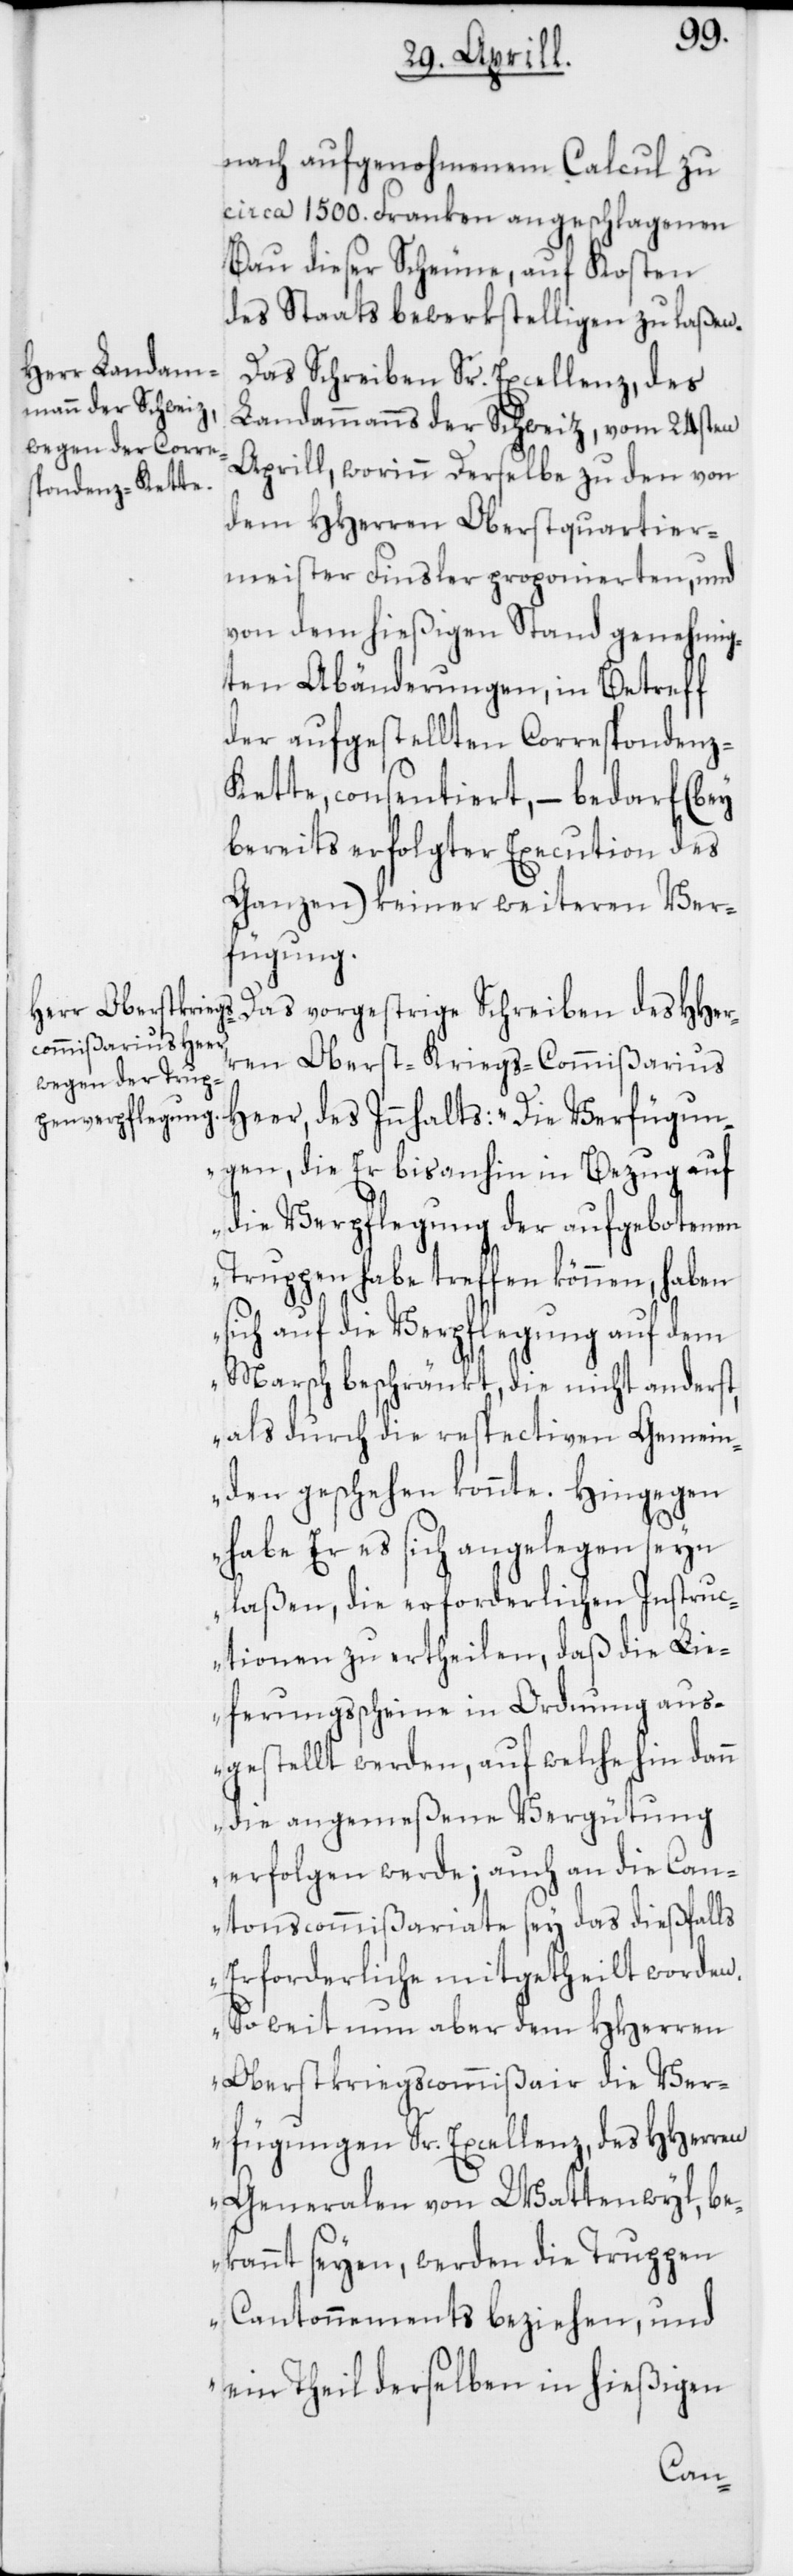
nach aufgenohmenem Calcul zu
circa 1500. Franken angeschlagenen
Bau dieser Scheune, auf Kosten
des Staats bewerkstelligen zu laßen.
Das Schreiben Sr. Excellenz, des
Landammanns der Schweiz, vom 24sten
Aprill, worinn Derselbe zu den von
dem HHerren Oberstquartier¬
meister Finsler proponierten, und
von dem hießigen Stand genehmig¬
ten Abänderungen, in Betreff
der aufgestellten Correspondenz-K¬
ette, consentiert, – bedarf (bey
bereits erfolgter Execution des
Ganzen) keiner weiteren Ver¬
fügung.
Das vorgestrige Schreiben des HHer¬
ren Oberst-Kriegs-Commißarius
Heer, des Innhalts: „Die Verfügun¬
gen, die Er bis anhin in Bezug auf
die Verpflegung der aufgebotenen
Truppen habe treffen können, haben
sich auf die Verpflegung auf dem
Marsch beschränkt, die nicht anderst,
als durch die respectiven Gemein¬
den geschehen konnte. Hingegen
habe Er es sich angelegen seyn
laßen, die erforderlichen Instruc¬
tionen zu ertheilen, daß die Li¬
eferungsscheine in Ordnung aus¬
gestellt werden, auf welche hin dann
die angemeßene Vergütung
erfolgen werde; auch an die Can¬
tonscommißariate sey das dießfalls
Erforderliche mitgetheilt worden.
So weit nun aber dem HHerren
Oberstkriegscommißair die Ver¬
fügungen Sr. Excellenz, des HHerren
Generalen von Wattenwyl, be¬
kannt seyen, werden die Truppen
Cantonnements beziehen, und
ein Theil derselben in hießigen